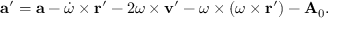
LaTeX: \mathbf { a } ^ { \prime } = \mathbf { a } - { \dot { \boldsymbol { \omega } } } \times \mathbf { r } ^ { \prime } - 2 { \boldsymbol { \omega } } \times \mathbf { v } ^ { \prime } - { \boldsymbol { \omega } } \times ( { \boldsymbol { \omega } } \times \mathbf { r } ^ { \prime } ) - \mathbf { A } _ { 0 } .